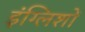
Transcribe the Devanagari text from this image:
इंग्लिशों